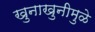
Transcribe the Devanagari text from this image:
खुनाखुनीमुळे